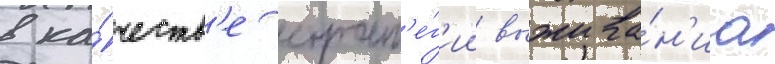
в ка́честв'е страт'е́г'ии выжива́н'иа